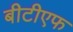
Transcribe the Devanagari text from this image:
बीटीएफ